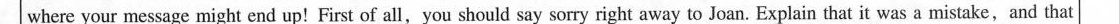
where your message might end up!First of all,you should say sorry right away to Joan. Explain that it was a mistake,and that